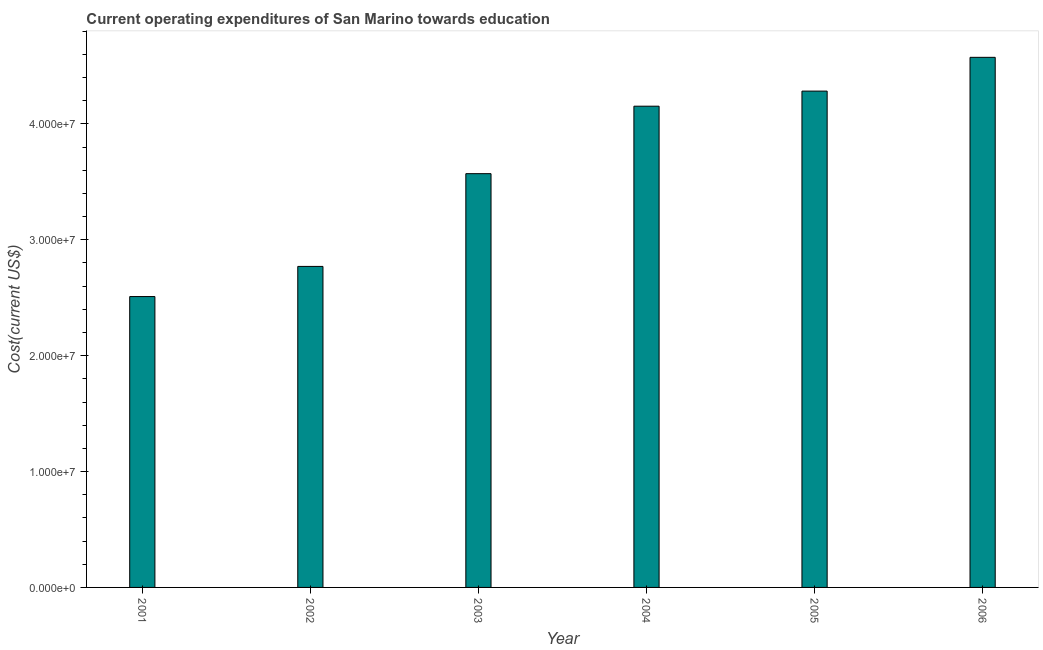
| Year | Education expenditure |
 | --- | --- |
 | 2001 | 2.51e+07 |
 | 2002 | 2.77e+07 |
 | 2003 | 3.57e+07 |
 | 2004 | 4.15e+07 |
 | 2005 | 4.28e+07 |
 | 2006 | 4.57e+07 |